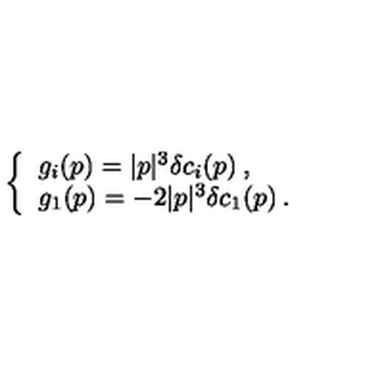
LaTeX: \left\{ \begin{array} { l } { g _ { i } ( p ) = | p | ^ { 3 } \delta c _ { i } ( p ) \: , } \\ { g _ { 1 } ( p ) = - 2 | p | ^ { 3 } \delta c _ { 1 } ( p ) \: . } \\ \end{array} \right.